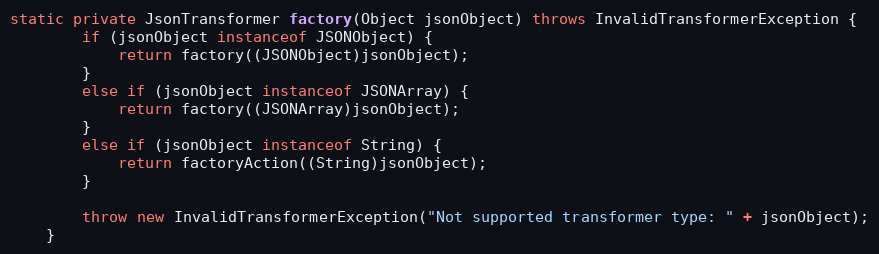
Language: Java
static private JsonTransformer factory(Object jsonObject) throws InvalidTransformerException {
        if (jsonObject instanceof JSONObject) {
            return factory((JSONObject)jsonObject);
        }
        else if (jsonObject instanceof JSONArray) {
            return factory((JSONArray)jsonObject);
        }
        else if (jsonObject instanceof String) {
            return factoryAction((String)jsonObject);
        }

        throw new InvalidTransformerException("Not supported transformer type: " + jsonObject);
    }